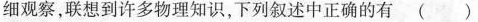
细观察，联想到许多物理知识，下列叙述中正确的有()